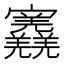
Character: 𡬎